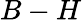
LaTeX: B-H